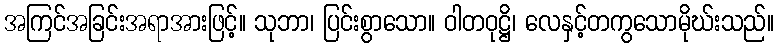
အကြင်အခြင်းအရာအားဖြင့်။ သုဘာ၊ ပြင်းစွာသော။ ဝါတဝုဋ္ဌိ၊ လေနှင့်တကွသောမိုဃ်းသည်။